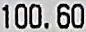
100.60